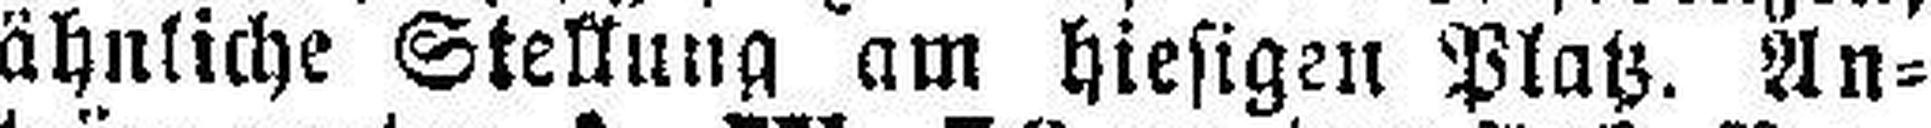
ähnliche Stellung am hiesigen Platz. An¬